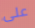
على